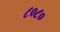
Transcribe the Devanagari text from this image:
८०८०